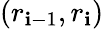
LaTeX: (r_{\mathbf{i}-1},r_{\mathbf{i}})